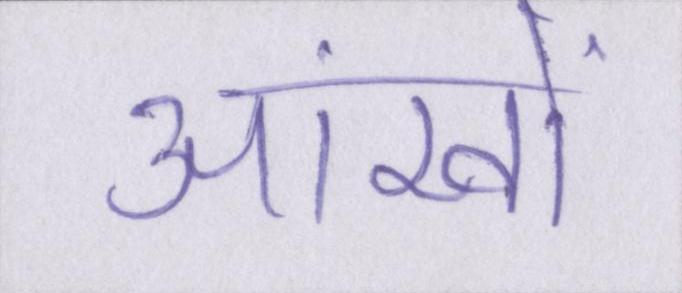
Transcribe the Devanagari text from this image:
आंखों